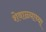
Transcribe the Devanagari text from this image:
शेवाळ्याच्या